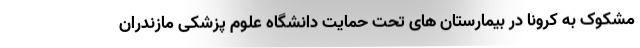
مشکوک به کرونا در بیمارستان های تحت حمایت دانشگاه علوم پزشکی مازندران